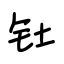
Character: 钍